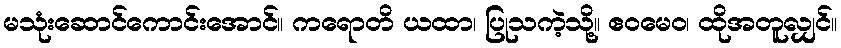
မသုံးဆောင်ကောင်းအောင်။ ကရောတိ ယထာ၊ ပြုသကဲ့သို့။ ဧဝမေဝ၊ ထိုအတူလျှင်။